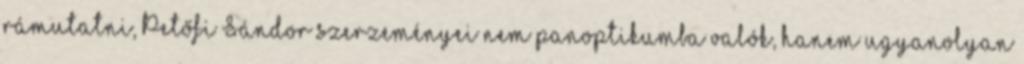
rámutatni, Petőfi Sándor szerzeményei nem panoptikumba valók, hanem ugyanolyan